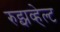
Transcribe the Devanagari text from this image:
रुझव्हेल्ट